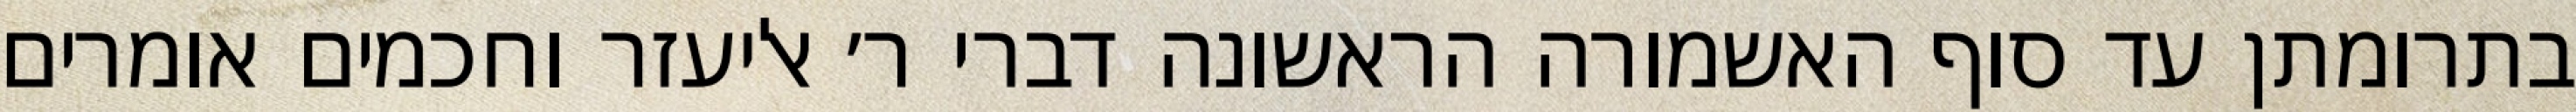
בתרומתן עד סוף האשמורה הראשונה דברי ר׳ אליעזר וחכמים אומרים